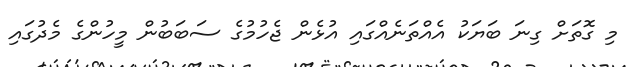
މި ގޮތަށް ގިނަ ބަޔަކު އެއްތަނެއްގައި އުޅެން ޖެހުމުގެ ސަބަބުން މީހުންގެ މެދުގައި